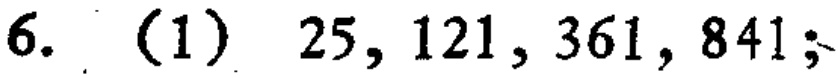
6. (1) \(25, 121, 361, 841;\)